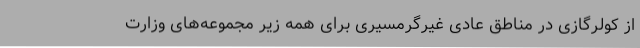
از کولرگازی در مناطق عادی غیرگرمسیری برای همه زیر مجموعه‌های وزارت